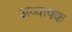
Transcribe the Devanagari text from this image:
अव्यापक